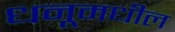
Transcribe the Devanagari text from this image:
धनूमधील